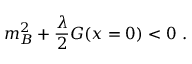
m _ { B } ^ { 2 } + \frac { \lambda } { 2 } G ( x = 0 ) < 0 \ .